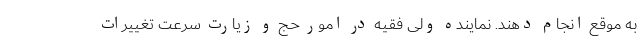
به موقع انجام دهند. نماینده ولی فقیه در امور حج و زیارت سرعت تغییرات